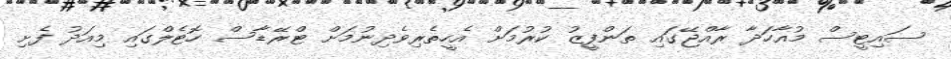
ސައިޓީސް މުއާހަދާ ރާއްޖޭގައި ތަންފީޒު ކުރުމަށް އެހީތެރިވެދިނުމަށް ޓްރޭޑާސް ހޮޓެލްގައި މިއަދު ފެށި